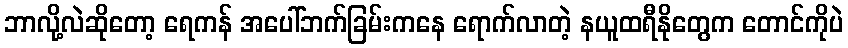
ဘာလို့လဲဆိုတော့ ရေကန် အပေါ်ဘက်ခြမ်းကနေ ရောက်လာတဲ့ နယူထရီနိုတွေက တောင်ကိုပဲ